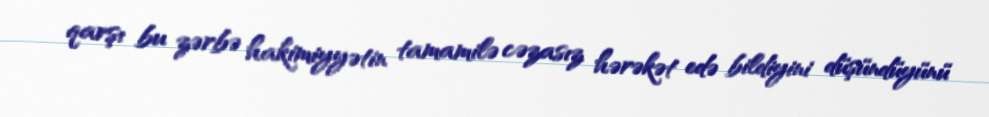
qarşı bu zərbə hakimiyyətin tamamilə cəzasız hərəkət edə bildiyini düşündüyünü